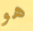
هو